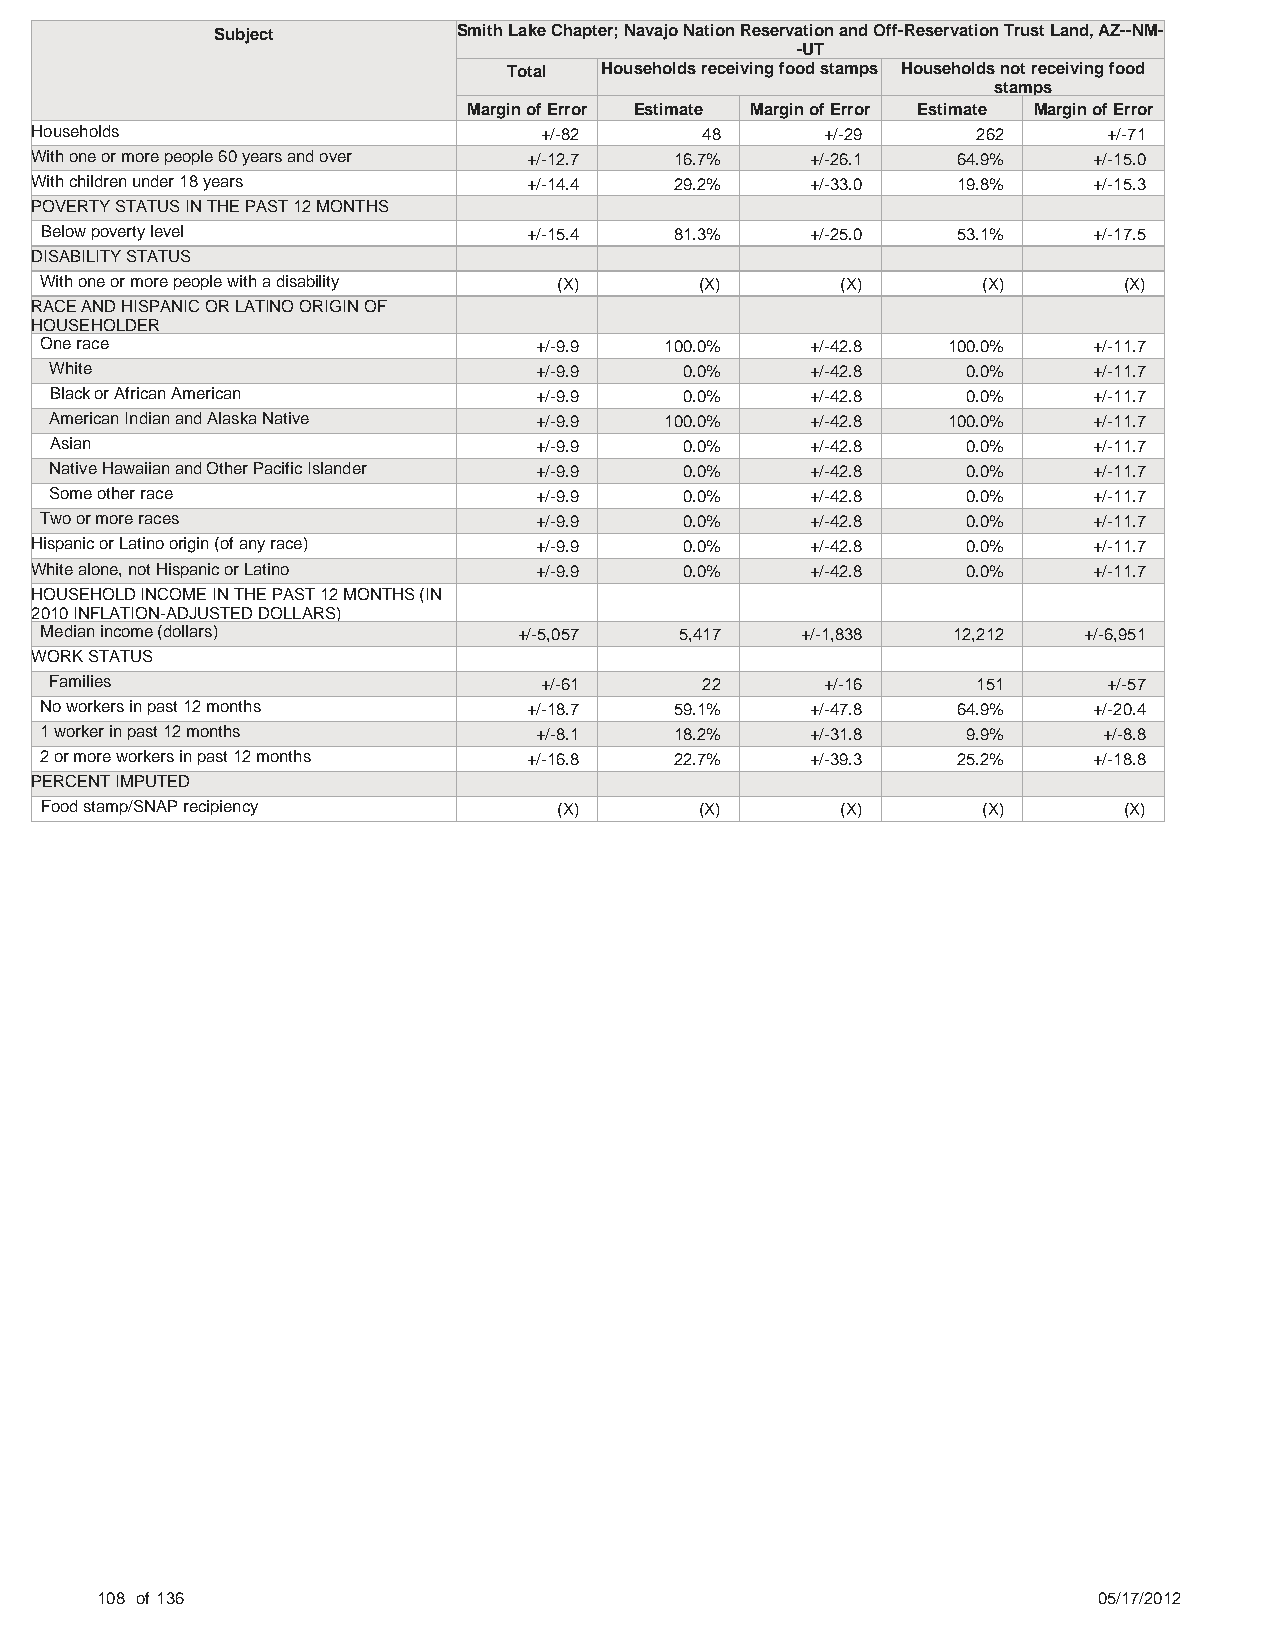
Subject         Smith Lake Chapter; Navajo Nation Reservation and Off-Reservation Trust Land, AZ--NM-
 -UT
 Total Households receiving food stamps Households not receiving food
 stamps
 Margin of Error Estimate Margin of Error Estimate Margin of Error
 Households                        +/-82     48       +/-29     262     +/-71
 With one or more people 60 years and over +/-12.7 16.7% +/-26.1 64.9% +/-15.0
 With children under 18 years     +/-14.4   29.2%    +/-33.0  19.8%    +/-15.3
 POVERTY STATUS IN THE PAST 12 MONTHS
 Below poverty level             +/-15.4   81.3%    +/-25.0  53.1%    +/-17.5
 DISABILITY STATUS
 With one or more people with a disability (X) (X)    (X)      (X)      (X)
 RACE AND HISPANIC OR LATINO ORIGIN OF
 HOUSEHOLDER
 One race                        +/-9.9   100.0%    +/-42.8  100.0%   +/-11.7
 White                           +/-9.9    0.0%     +/-42.8   0.0%    +/-11.7
 Black or African American       +/-9.9    0.0%     +/-42.8   0.0%    +/-11.7
 American Indian and Alaska Native +/-9.9 100.0%    +/-42.8  100.0%   +/-11.7
 Asian                           +/-9.9    0.0%     +/-42.8   0.0%    +/-11.7
 Native Hawaiian and Other Pacific Islander +/-9.9 0.0% +/-42.8 0.0%  +/-11.7
 Some other race                 +/-9.9    0.0%     +/-42.8   0.0%    +/-11.7
 Two or more races               +/-9.9    0.0%     +/-42.8   0.0%    +/-11.7
 Hispanic or Latino origin (of any race) +/-9.9 0.0% +/-42.8   0.0%    +/-11.7
 White alone, not Hispanic or Latino +/-9.9 0.0%     +/-42.8   0.0%    +/-11.7
 HOUSEHOLD INCOME IN THE PAST 12 MONTHS (IN
 2010 INFLATION-ADJUSTED DOLLARS)
 Median income (dollars)        +/-5,057   5,417   +/-1,838  12,212   +/-6,951
 WORK STATUS
 Families                         +/-61     22       +/-16     151     +/-57
 No workers in past 12 months    +/-18.7   59.1%    +/-47.8  64.9%    +/-20.4
 1 worker in past 12 months      +/-8.1    18.2%    +/-31.8   9.9%     +/-8.8
 2 or more workers in past 12 months +/-16.8 22.7%  +/-39.3  25.2%    +/-18.8
 PERCENT IMPUTED
 Food stamp/SNAP recipiency        (X)      (X)       (X)      (X)      (X)
 108 of 136                                                         05/17/2012